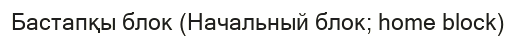
Бастапқы блок (Начальный блок; home block)